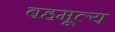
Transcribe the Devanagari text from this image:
बहमूल्य